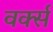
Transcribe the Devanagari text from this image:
वर्क्स